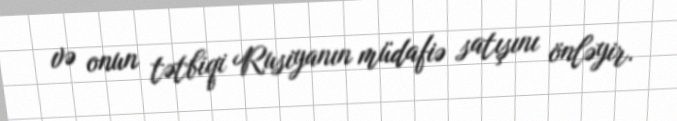
və onun tətbiqi Rusiyanın müdafiə satışını önləyir.